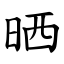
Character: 晒